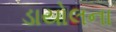
ડાયોલના